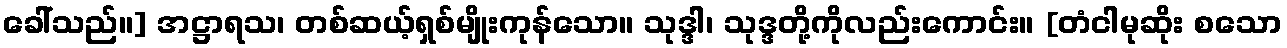
ခေါ်သည်။] အဋ္ဌာရသ၊ တစ်ဆယ့်ရှစ်မျိုးကုန်သော။ သုဒ္ဒါ၊ သုဒ္ဒတို့ကိုလည်းကောင်း။ [တံငါမုဆိုး စသော